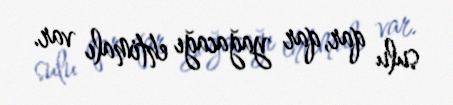
sulu qar, qar yağacağı ehtimalı var.